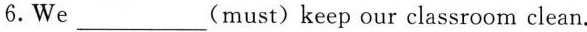
6. We ___ (must) keep our classroom clean.